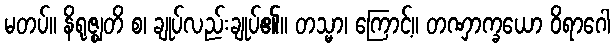
မတပ်။ နိရုဇ္ဈတိ စ၊ ချုပ်လည်းချုပ်၏။ တသ္မာ၊ ကြောင့်။ တဏှာက္ခယော ဝိရာဂေါ